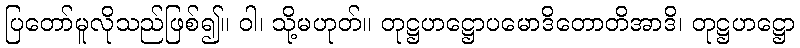
ပြတော်မူလိုသည်ဖြစ်၍။ ဝါ၊ သို့မဟုတ်။ တုဋ္ဌဟဋ္ဌောပမောဒိတောတိအာဒိ၊ တုဋ္ဌဟဋ္ဌော